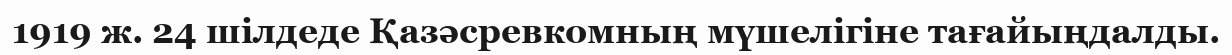
1919 ж. 24 шілдеде Қазәсревкомның мүшелігіне тағайыңдалды.